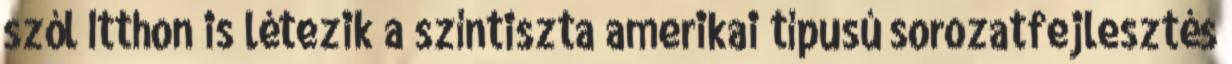
szól Itthon is létezik a színtiszta amerikai típusú sorozatfejlesztés